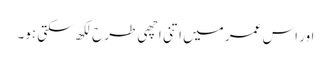
اور اس عمر میں اتنی اچھی طرح لکھ سکتی ہو۔